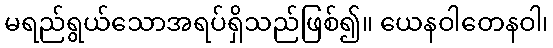
မရည်ရွယ်သောအရပ်ရှိသည်ဖြစ်၍။ ယေနဝါတေနဝါ၊